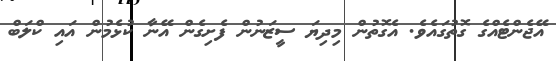
އޭޖެންޓެއްގެ ގޮތުގައެވެ. އެގޮތުން މިދިޔަ ސީޒަނުން ފެށިގެން އޭނާ ކުޅެމުން އައި ކްލަބް